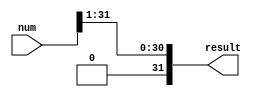
`timescale 1ns / 1ps

module lls(num,result);//logic left shift
input [31:0]num;
output [31:0]result;

assign result[0] = num[1];
assign result[1] = num[2];
assign result[2] = num[3];
assign result[3] = num[4];
assign result[4] = num[5];
assign result[5] = num[6];
assign result[6] = num[7];
assign result[7] = num[8];
assign result[8] = num[9];
assign result[9] = num[10];
assign result[10] = num[11];
assign result[11] = num[12];
assign result[12] = num[13];
assign result[13] = num[14];
assign result[14] = num[15];
assign result[15] = num[16];
assign result[16] = num[17];
assign result[17] = num[18];
assign result[18] = num[19];
assign result[19] = num[20];
assign result[20] = num[21];
assign result[21] = num[22];
assign result[22] = num[23];
assign result[23] = num[24];
assign result[24] = num[25];
assign result[25] = num[26];
assign result[26] = num[27];
assign result[27] = num[28];
assign result[28] = num[29];
assign result[29] = num[30];
assign result[30] = num[31];
assign result[31] = 0;

endmodule